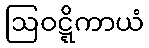
ဩဝဋ္ဋိကာယံ